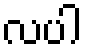
လပါ